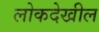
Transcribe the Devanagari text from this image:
लोकदेखील